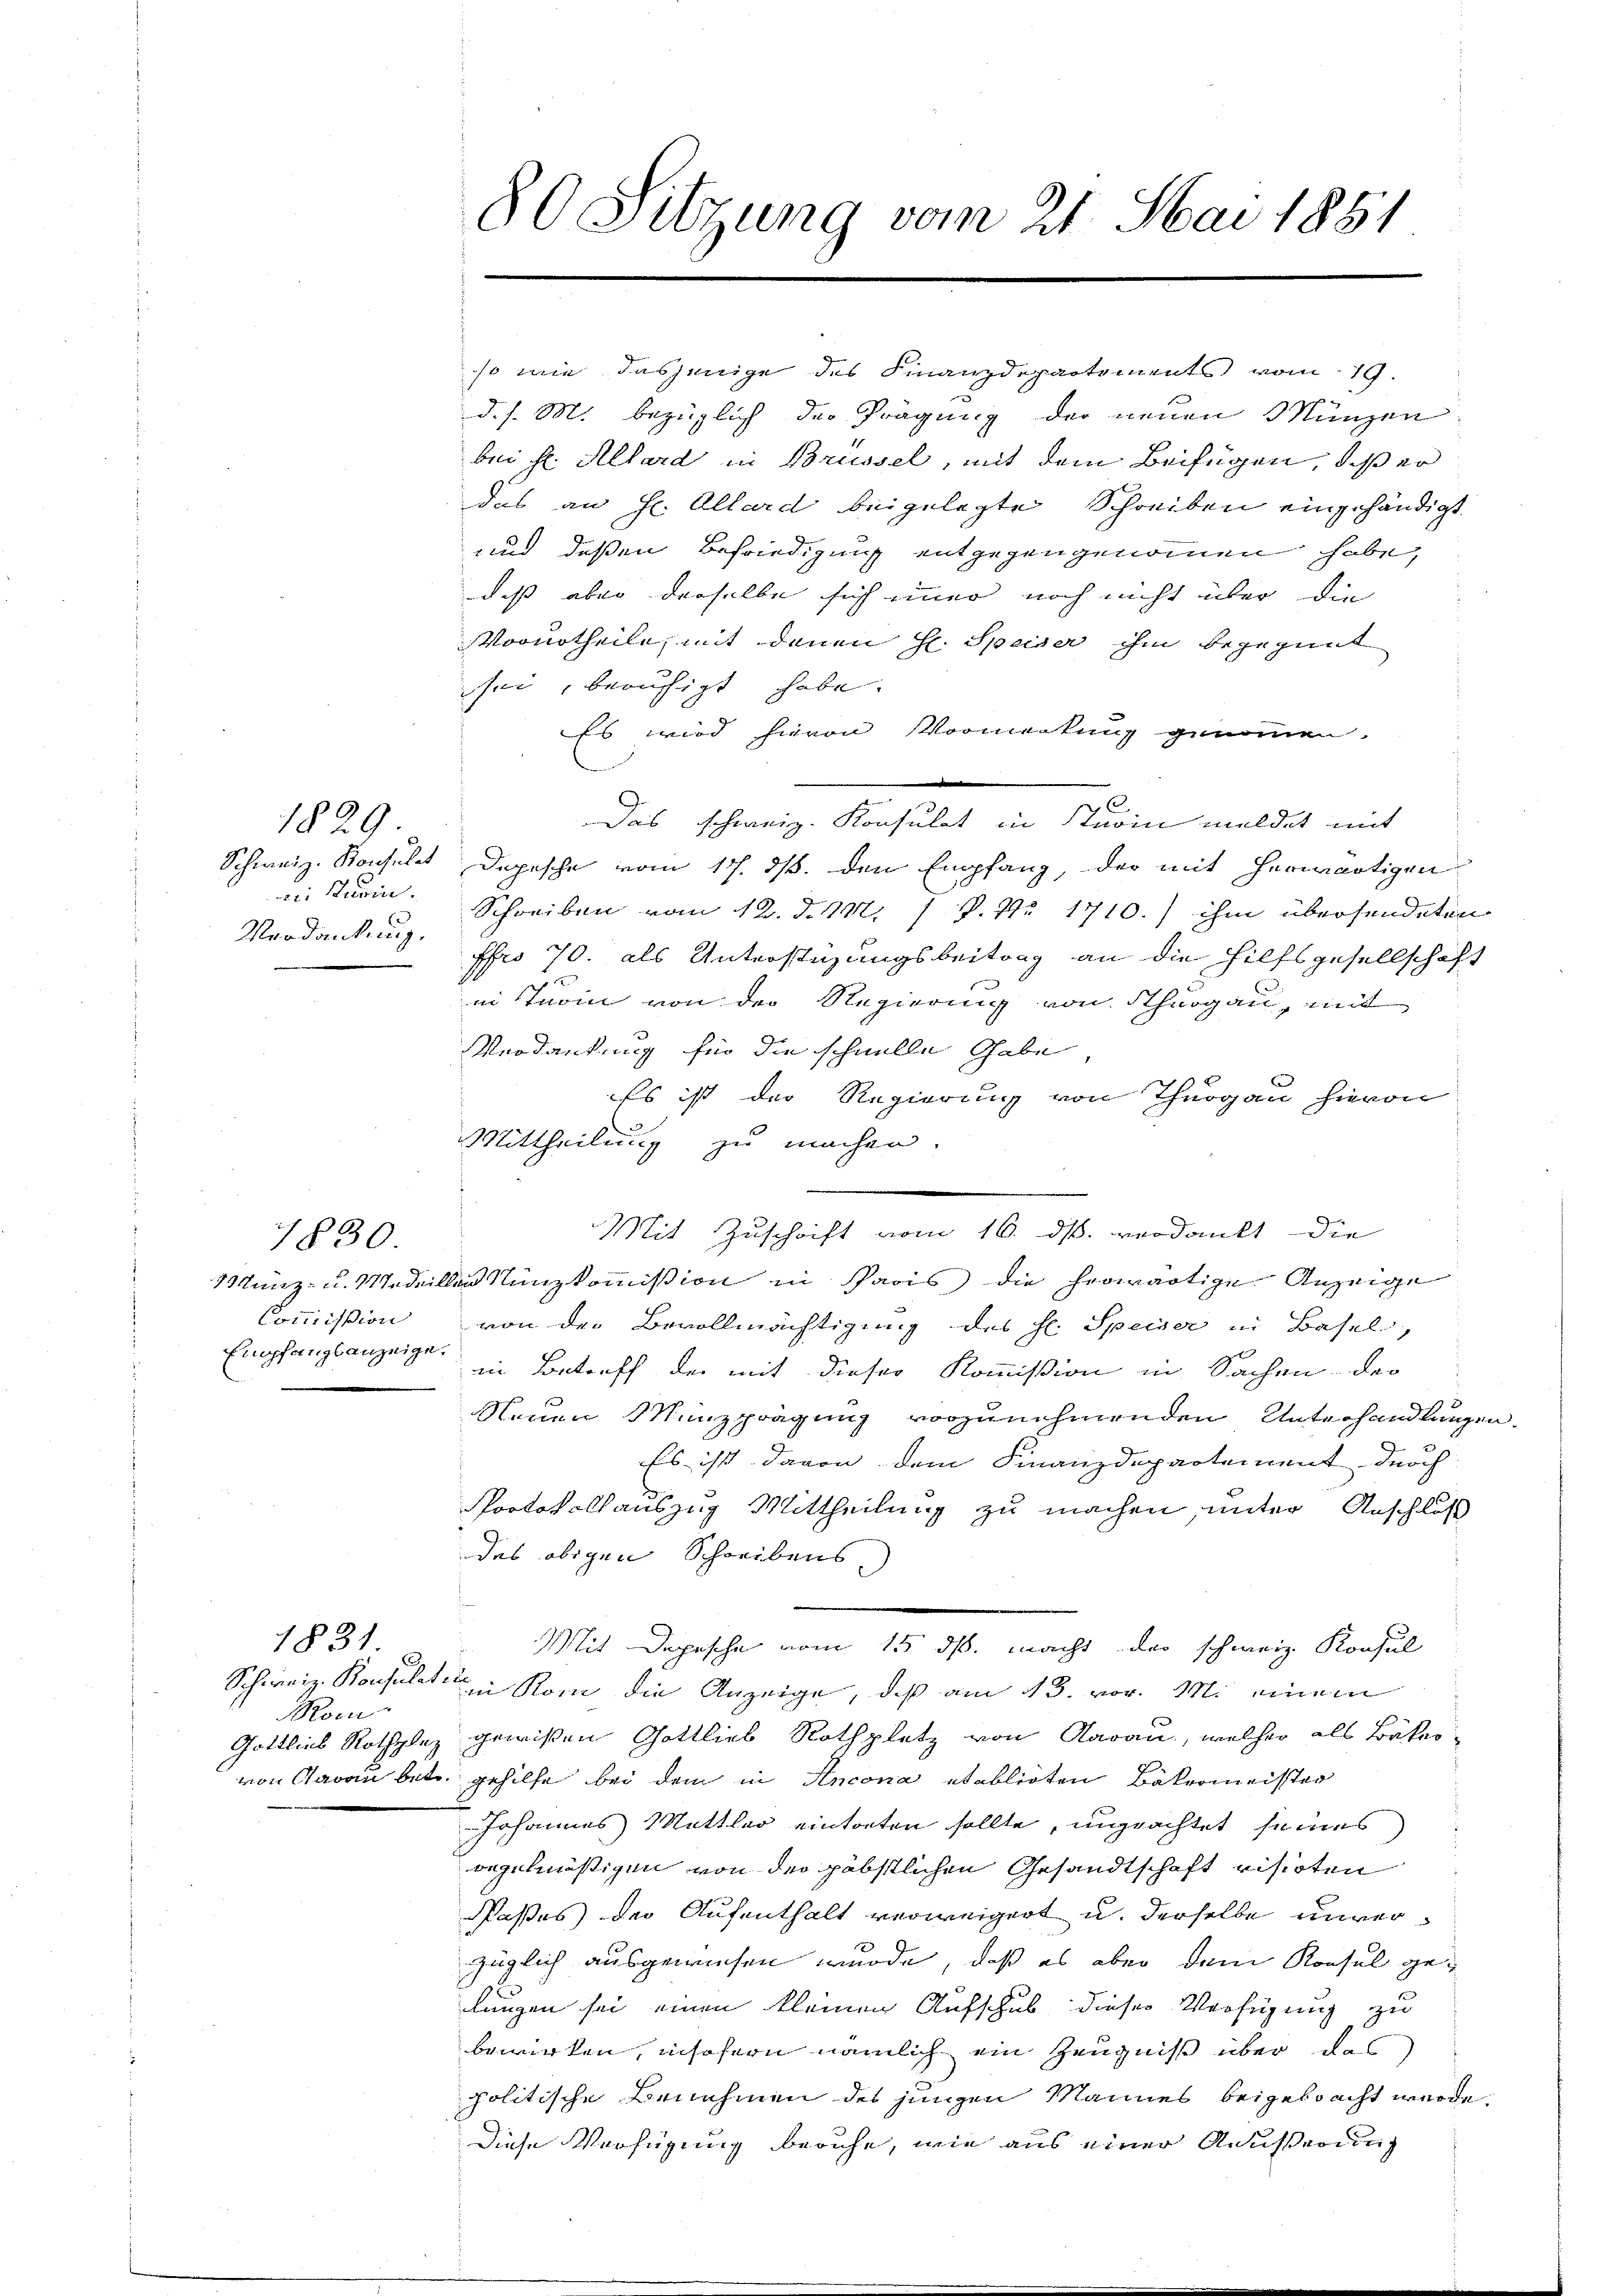
ei Turin.
Verdankung.

1829

Commißion
Empfangsanzeige.

7830

Schweiz. Konsulat in
Roc

1831.

80 Sitzung vom 21. Mai 1851

so wie dasjenige des Finanzdepartements vom 19.
d. s. M. bezüglich der Prägung der neuen Münzen
bei Hr. Allard in Brüssel, mit dem Beifügen, daß er
das an Hr. Allard beigelegte Schreiben eingehändigt
und deßen Befriedigung entgegengenommen habe,
daß aber derselbe sich immer noch nicht über die
Vorurtheile, mit denen Hr. Speiser ihm begegnet
sei, beruhigt habe.
Es wird hievon Vormerkung genomme
u
Das schweiz. Konsulat in Sturin meldet mit
Schweiz. Konsulat Depesche vom 17. ds. den Empfang, der mit herwärtigen
Schreiben vom 12. d. M. J. P. Nr. 1710.) ihm übersendeten
fro 70. als Unterstüzungsbeitrag an die Hilfsgesellschaft
n
in Turin von der Regierung von Thurgau, mit
Verdankung für die schnelle Gabe,
Es ist der Regierung von Thurgau hievon
Mittheilung zu machen.
Mit Zuschrift vom 16. ds. verdankt die
Münz- u. Medaillon Nünzkommißion in Paris die herwärtige Anzeige
von der Bevollmächtigung des hl. Speiser in Basel,
in Betreff der mit dieser Kommißion in Sachen der
Neuen Münzprägung vorzunehmenden Unterhandlungen.
Es ist davon dem Finanzdepartement durch
Protokollauszug Mittheilung zu machen, unter Anschluß
des obigen Schreibens.
Mit Depesche vom 15. ds. macht der schweiz. Konsul
in Rom die Anzeige, daß am 13. vor. M. einem
Gottlieb Rothplaz gewißen Gottlieb Rothplatz von Aarau, welcher als Bäkervon Aarau betr. gehilfe bei dem in Ancona etablirten Bäkermeister
Johannes Mittler eintorten sollte, ungeachtet seines
regelmäßigen von der gäbstlichen Gesandtschaft visioten
aßes der Aufenthalt verweigert u. derselbe unverzüglich ausgewiesen wurde, daß es aber dem Konsul gelangen sei einen kleinen Aufschub dieser Verfügung zu
bewirken, insofern nämlich ein Zeugniß über das
politische Benehmen des jungen Mannes beigebracht werde.
Diese Verfügung beruhe, wie aus einer Äußerung